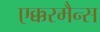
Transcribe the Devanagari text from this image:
एक्करमैन्स